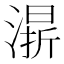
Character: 𣼬